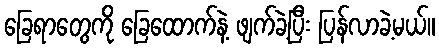
ခြေရာတွေကို ခြေထောက်နဲ့ ဖျက်ခဲ့ပြီး ပြန်လာခဲ့မယ်။